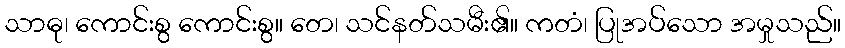
သာဓု၊ ကောင်းစွ ကောင်းစွ။ တေ၊ သင်နတ်သမီး၏။ ကတံ၊ ပြုအပ်သော အမှုသည်။